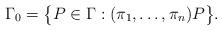
LaTeX: \begin{gather*}\Gamma_0=\bigl\{P\in\Gamma:(\pi_1,\ldots,\pi_n)P\bigr\}.\end{gather*}